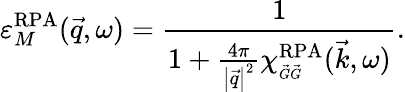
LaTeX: \varepsilon_{M}^{\mathrm{RPA}}(\vec{q},\omega)=\frac{1}{1+\frac{4\pi}{\left|\vec{q}\right|^{2}}\chi_{\scriptscriptstyle\vec{G}\vec{G}}^{\mathrm{RPA}}(\vec{k},\omega)}.